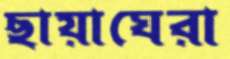
ছায়াঘেরা